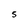
Character: S